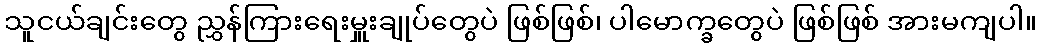
သူငယ်ချင်းတွေ ညွှန်ကြားရေးမှူးချုပ်တွေပဲ ဖြစ်ဖြစ်၊ ပါမောက္ခတွေပဲ ဖြစ်ဖြစ် အားမကျပါ။